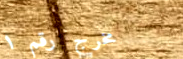
مخرج رقم ١